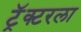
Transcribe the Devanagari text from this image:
ट्रॅक्टरला